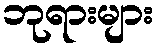
ဘုရားများ